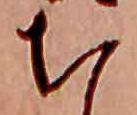
ち